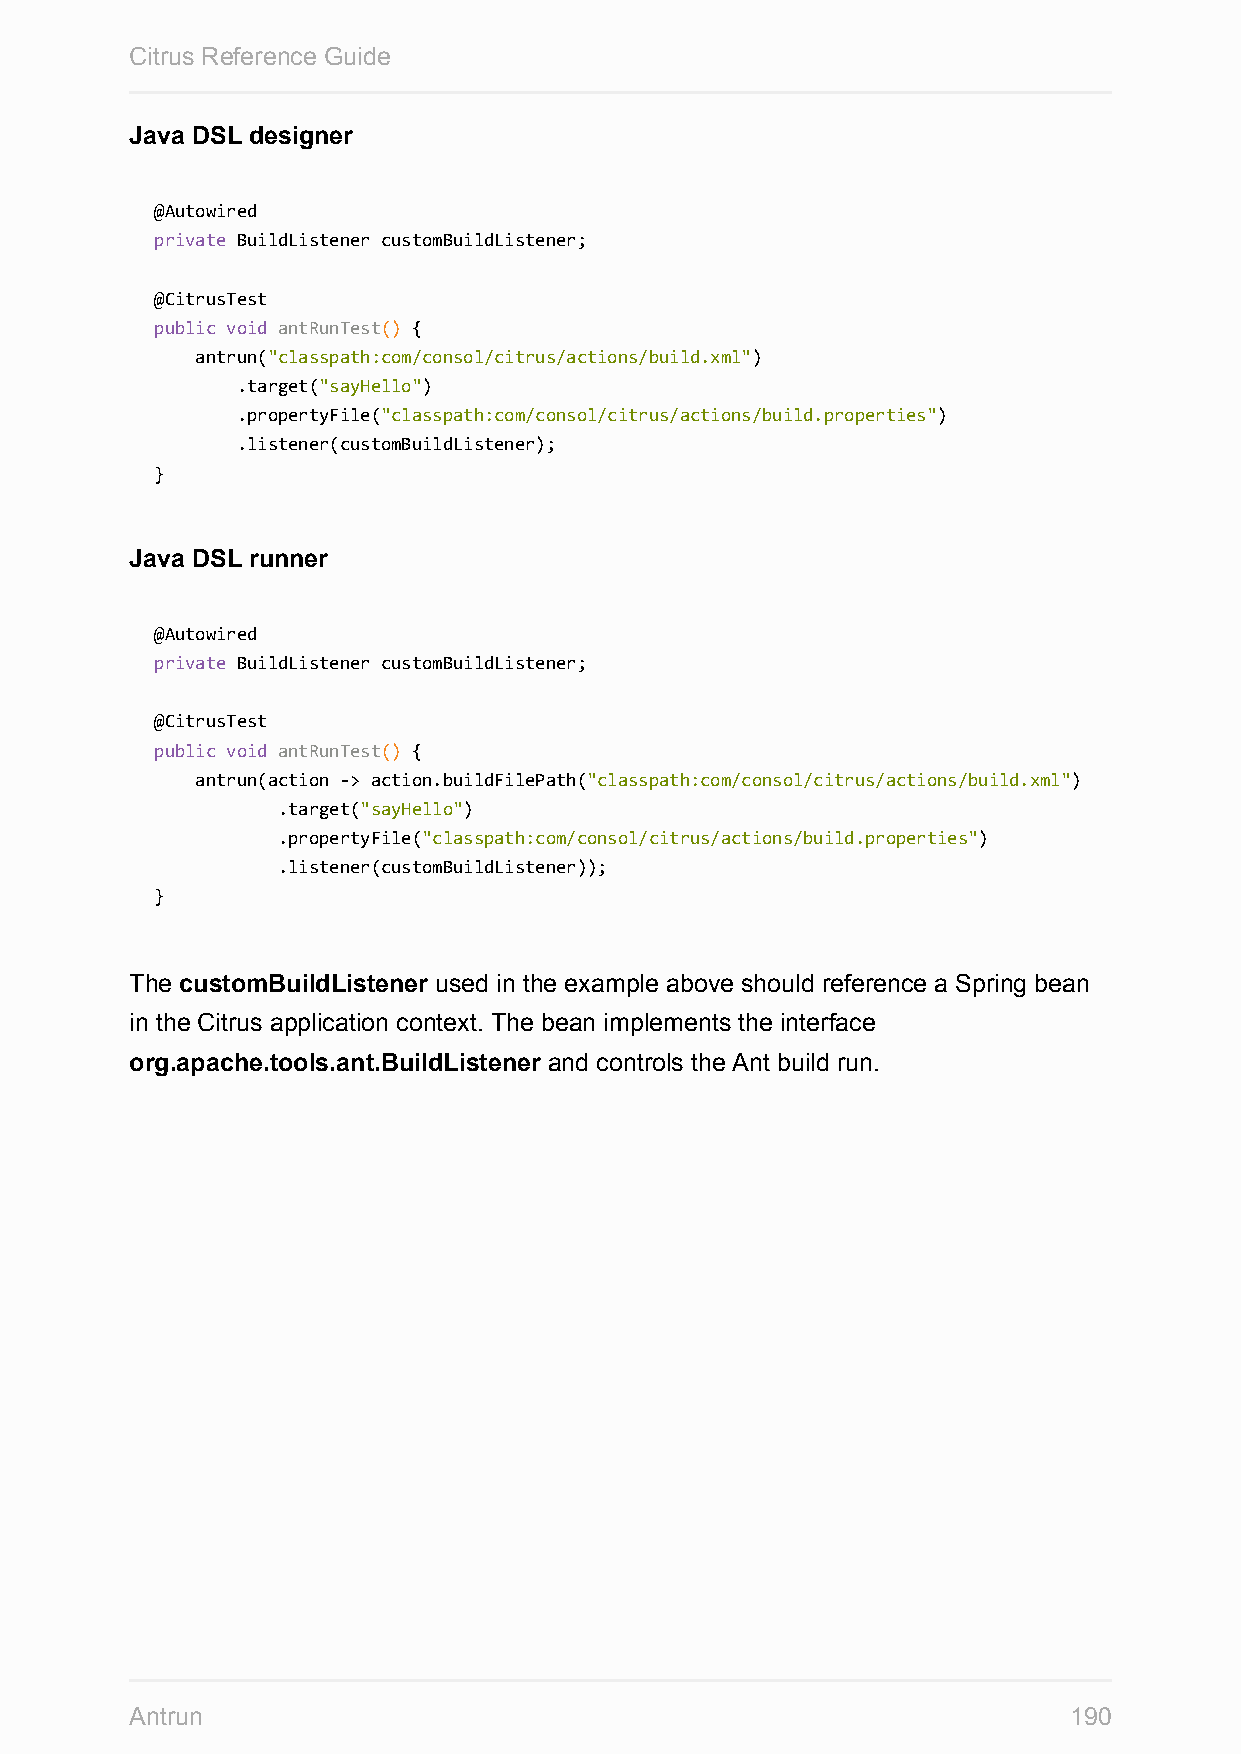
Citrus Reference Guide
 Java DSL designer
 @Autowired
 private BuildListener customBuildListener;
 @CitrusTest
 public void antRunTest() {
 antrun("classpath:com/consol/citrus/actions/build.xml")
 .target("sayHello")
 .propertyFile("classpath:com/consol/citrus/actions/build.properties")
 .listener(customBuildListener);
 }
 Java DSL runner
 @Autowired
 private BuildListener customBuildListener;
 @CitrusTest
 public void antRunTest() {
 antrun(action -> action.buildFilePath("classpath:com/consol/citrus/actions/build.xml")
 .target("sayHello")
 .propertyFile("classpath:com/consol/citrus/actions/build.properties")
 .listener(customBuildListener));
 }
 The customBuildListener used in the example above should reference a Spring bean
 in the Citrus application context. The bean implements the interface
 org.apache.tools.ant.BuildListener and controls the Ant build run.
 Antrun                                                        190